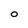
Character: 0